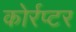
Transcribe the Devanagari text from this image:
कोर्रप्टर